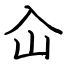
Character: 仚